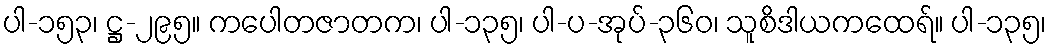
ပါ-၁၅၃၊ ဋ္ဌ-၂၉၅။ ကပေါတဇာတက၊ ပါ-၁၃၅၊ ပါ-ပ-အုပ်-၃၆၀၊ သူစိဒါယကထေရ်။ ပါ-၁၃၅၊